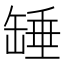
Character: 䍋